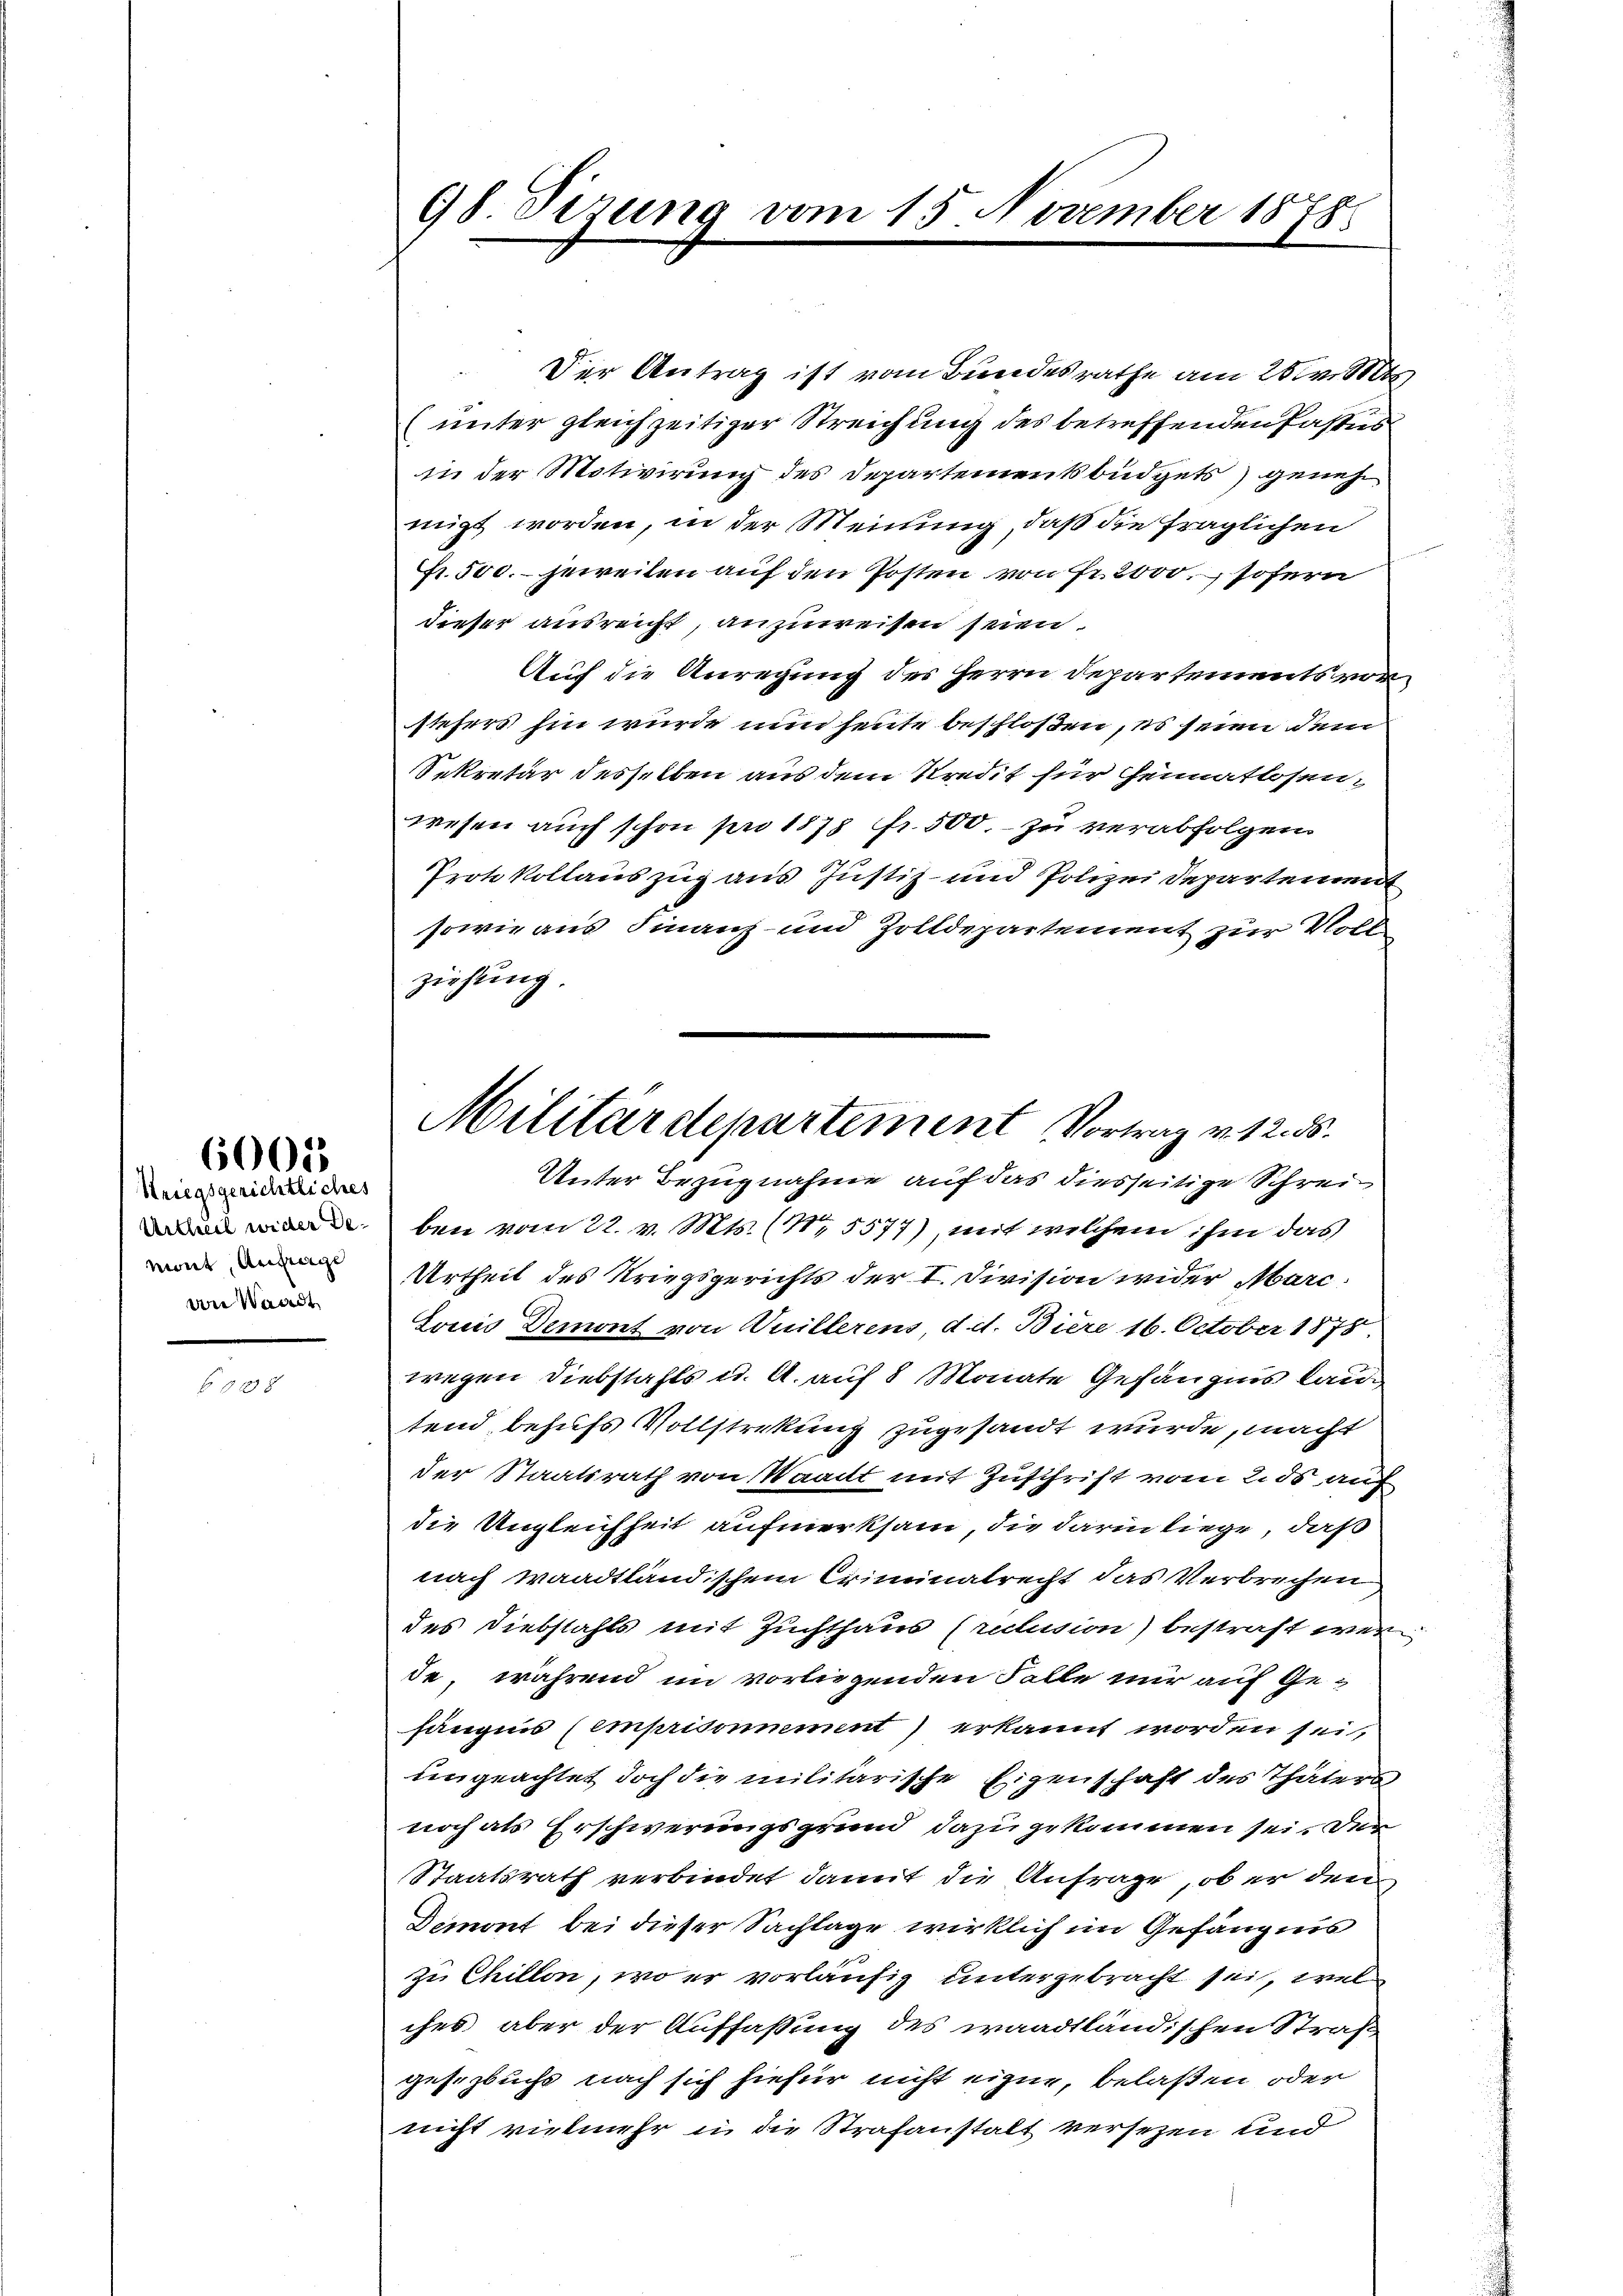
6005

Striegsgerichtliches
Urtheil wider Demont, Aufrige
vn Waadt

98. Sizung vom 15. November 1878

Der Antrag ist vom Bundesrathe am 28t v. Mts.
(unter gleichzeitiger Streichung des betreffenden Pastes
in der Motivirung des Departementbüdgets) genehmigt worden, in der Meinung, daß die fraglichen
fr. 500. - jeweilen auf den Posten von Fr. 2000. sofern
dieser ausreicht, anzuweisen seien.
Auf die Anregung des Herrn Departements vor
stehers hin wurde nun heute beschloßen, es seien dem
Sekretär desselben aus dem Kredit für Heimatlosen-
wesen auch schon pro 1878 Fr. 500. zu verabfolgen.
Protokollauszug aus Justiz- und Polizei Departement
sowie aus Finanz- und Zolldepartement zur Voll
ziehung.
Unter Bezugnahme auf das diesseitige Schrei
e
ben vom 22. v. Mts. (15577), mit welchem ihm das
Urtheil des Kriegsgerichts der I. Division wider Marc
Louis Demont von Duillerens d. d. Biere 16. October 1878.
wegen Diebstahls u. A. auf 8 Monate Gefängnis lautend behufs Vollstrekung zugesandt wurde, macht
der Staatsrath von Waadt mit Zuschrift vom 250 auf
die Ungleichheit aufmerksam, die darin liege, daß
nach Waadtländischem Criminalrecht das Verbrechen
des Diebstahls mit Zuchthaus (rulsion) bestraft werde während im vorliegenden Falle nur auf Ge-
hängnis (emprisonmment) erkannt worden seit
ungeachtet doch die militarische Eigenschaft des Thäters
noch als Erschwerungsgrund dazu gekommen sei, den
Staatsrath verbindet damit die Anfrage, ob er den
Demont bei dieser Sachlage wirklich im Gefängnis
zu Chillon, wo er vorläufig untergebracht sei, wel
ches aber der Auffassung des waadtländischen Straß
gesezbuchs nach sich hiefür nicht eigene, belaßen oder
nicht vielmehr in die Strafanstalt versezen und

Militärdepartement Vortrag v. 12. 55.